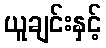
ယူချင်းနှင့်